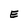
Character: E